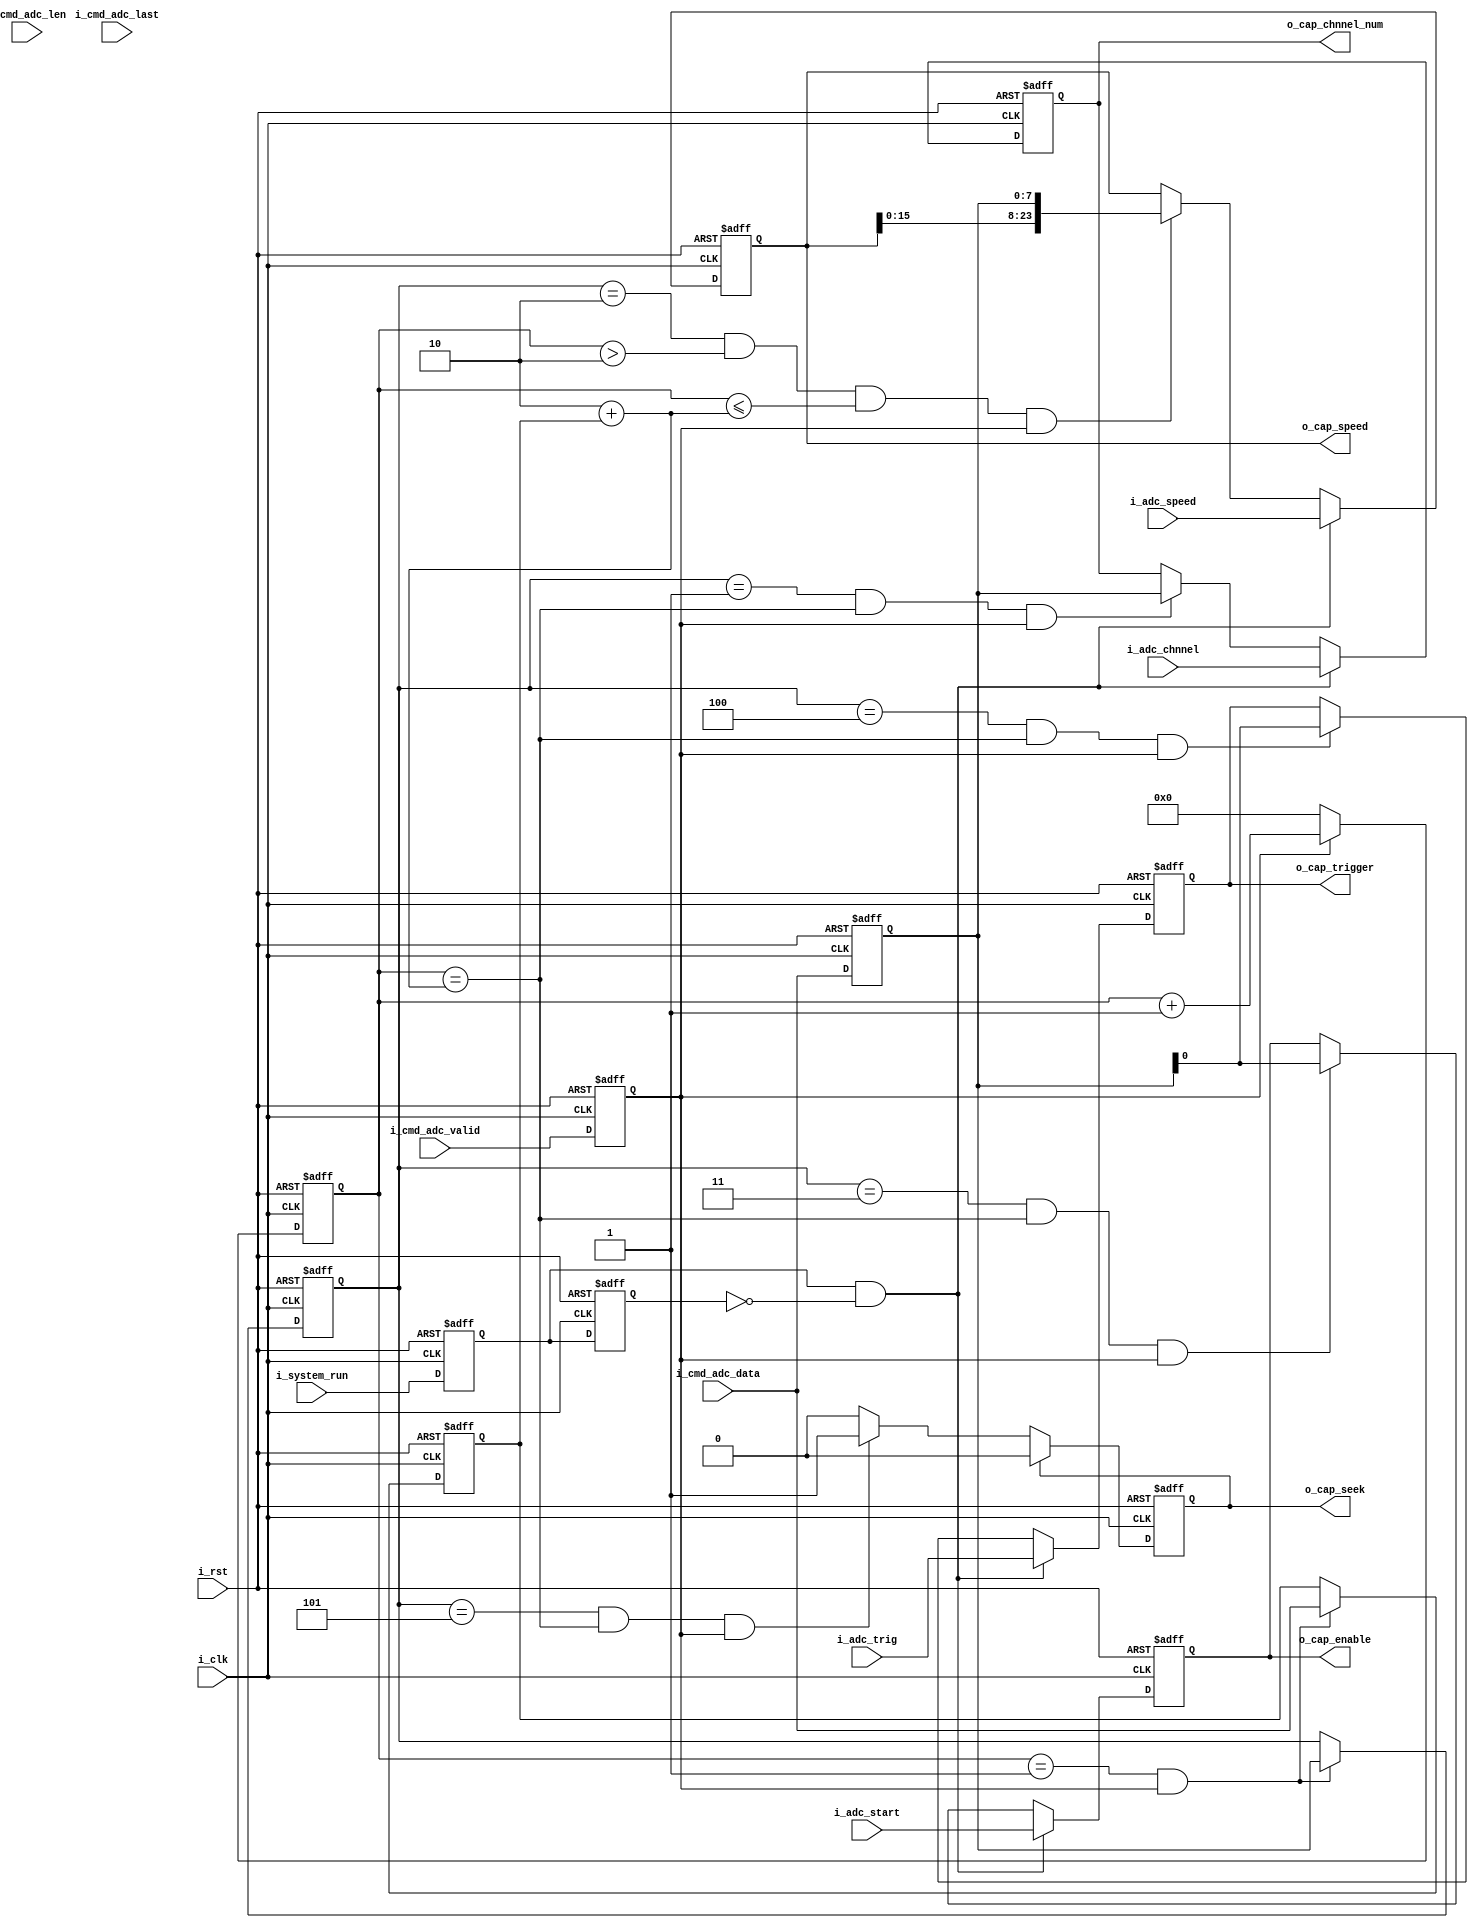
`timescale 1ns / 1ps
//////////////////////////////////////////////////////////////////////////////////
// Company: 
// Engineer: 
// 
// Design Name: 
// Module Name: AD7606_ctrl
// Project Name: 
// Target Devices: 
// Tool Versions: 
// Description: 
// 
// Dependencies: 
// 
// Revision:
// Revision 0.01 - File Created
// Additional Comments:
// 
//////////////////////////////////////////////////////////////////////////////////


module AD7606_ctrl(
    input           i_clk               ,
    input           i_rst               ,

    input  [7 :0]   i_cmd_adc_data      ,
    input  [7 :0]   i_cmd_adc_len       ,
    input           i_cmd_adc_last      ,
    input           i_cmd_adc_valid     ,

    input           i_system_run        ,
    input  [7 :0]   i_adc_chnnel        ,
    input  [23:0]   i_adc_speed         ,
    input           i_adc_start         ,
    input           i_adc_trig          ,

    output [7 :0]   o_cap_chnnel_num    ,//
    output          o_cap_enable        ,//
    output [23:0]   o_cap_speed         ,//
    output          o_cap_trigger       ,//
    output          o_cap_seek           //

);
/******************************function***************************/

/******************************parameter**************************/

/******************************port*******************************/

/******************************machine****************************/

/******************************reg********************************/
reg  [7 :0]         ri_cmd_adc_data     ;
reg  [7 :0]         ri_cmd_adc_len      ;
reg                 ri_cmd_adc_last     ;
reg                 ri_cmd_adc_valid    ;
reg  [7 :0]         ro_cap_chnnel_num   ;
reg                 ro_cap_enable       ;
reg  [23:0]         ro_cap_speed        ;
reg                 ro_cap_trigger      ;
reg                 ro_cap_seek         ;
reg  [7 :0]         r_cnt               ;
reg  [7 :0]         r_ctrl_type         ;
reg  [7 :0]         r_payload_len       ;

reg                 ri_system_run       ;
reg                 ri_system_run_1d    ;
/******************************wire*******************************/
wire                w_system_run_pos    ;
/******************************component**************************/
assign  w_system_run_pos = ri_system_run & !ri_system_run_1d;
/******************************assign*****************************/
assign  o_cap_chnnel_num    =   ro_cap_chnnel_num   ;
assign  o_cap_enable        =   ro_cap_enable       ;
assign  o_cap_speed         =   ro_cap_speed        ;
assign  o_cap_trigger       =   ro_cap_trigger      ;
assign  o_cap_seek          =   ro_cap_seek         ;
/******************************always*****************************/
always @(posedge i_clk or posedge i_rst)begin
    if(i_rst)begin
        ri_cmd_adc_data  <= 'd0;
        ri_cmd_adc_len   <= 'd0;
        ri_cmd_adc_last  <= 'd0;
        ri_cmd_adc_valid <= 'd0;        
    end
    else begin
        ri_cmd_adc_data  <= i_cmd_adc_data ;
        ri_cmd_adc_len   <= i_cmd_adc_len  ;
        ri_cmd_adc_last  <= i_cmd_adc_last ;
        ri_cmd_adc_valid <= i_cmd_adc_valid;      
    end
end
//
always @(posedge i_clk or posedge i_rst)begin
    if(i_rst)begin
        ri_system_run    <= 'd0;
        ri_system_run_1d <= 'd0;    
    end
    else begin
        ri_system_run    <= i_system_run    ;
        ri_system_run_1d <= ri_system_run   ;   
    end
end

always @(posedge i_clk or posedge i_rst)begin
    if(i_rst)
        r_cnt <= 'd0;
    else if(ri_cmd_adc_valid)
        r_cnt <= r_cnt + 1;
    else
        r_cnt <= 'd0;
end

always @(posedge i_clk or posedge i_rst)begin
    if(i_rst)
        r_ctrl_type <= 'd0;
    else if(r_cnt == 1 && ri_cmd_adc_valid)
        r_ctrl_type <= ri_cmd_adc_data;
    else
        r_ctrl_type <= r_ctrl_type;
end

always @(posedge i_clk or posedge i_rst)begin
    if(i_rst)
        r_payload_len <= 'd0;
    else if(r_cnt == 1 && ri_cmd_adc_valid)
        r_payload_len <= i_cmd_adc_data;
    else
        r_payload_len <= r_payload_len;
end

always @(posedge i_clk or posedge i_rst)begin 
    if(i_rst)
        ro_cap_chnnel_num <= 'd0;
    else if(w_system_run_pos)
        ro_cap_chnnel_num <= i_adc_chnnel;
    else if(r_ctrl_type == 1 && r_cnt == 2 + r_payload_len && ri_cmd_adc_valid)
        ro_cap_chnnel_num <= ri_cmd_adc_data;
    else
        ro_cap_chnnel_num <= ro_cap_chnnel_num;
end
    
always @(posedge i_clk or posedge i_rst)begin 
    if(i_rst)
        ro_cap_speed <= 'd0;
    else if(w_system_run_pos)
        ro_cap_speed <= i_adc_speed;
    else if(r_ctrl_type == 2 && r_cnt > 2 && r_cnt <= 2 + r_payload_len && ri_cmd_adc_valid)
        ro_cap_speed <= {ro_cap_speed[15:0],ri_cmd_adc_data};
    else
        ro_cap_speed <= ro_cap_speed;
end

always @(posedge i_clk or posedge i_rst)begin 
    if(i_rst)
        ro_cap_enable <= 'd0;
    else if(w_system_run_pos)
        ro_cap_enable <= i_adc_start;
    else if(r_ctrl_type == 3 && r_cnt == 2 + r_payload_len && ri_cmd_adc_valid)
        ro_cap_enable <= ri_cmd_adc_data;
    else
        ro_cap_enable <= ro_cap_enable;
end

always @(posedge i_clk or posedge i_rst)begin 
    if(i_rst)
        ro_cap_trigger <= 'd0;
    else if(w_system_run_pos)
        ro_cap_trigger <= i_adc_trig;
    else if(r_ctrl_type == 4 && r_cnt == 2 + r_payload_len && ri_cmd_adc_valid)
        ro_cap_trigger <= ri_cmd_adc_data;
    else
        ro_cap_trigger <= ro_cap_trigger;
end
//
always @(posedge i_clk or posedge i_rst)begin 
    if(i_rst)
        ro_cap_seek <= 'd0;
    else if(ro_cap_seek)
        ro_cap_seek <= 'd0;
    else if(r_ctrl_type == 5 && r_cnt == 2 + r_payload_len && ri_cmd_adc_valid)
        ro_cap_seek <= 'd1;
    else
        ro_cap_seek <= 'd0;
end

endmodule